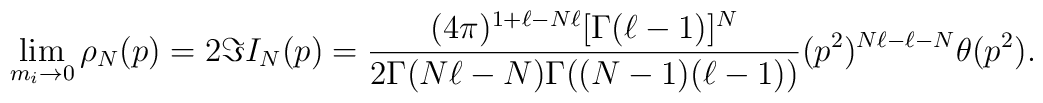
\lim_{m_i\rightarrow 0}\rho_N(p)=2\Im I_N(p)=\frac{(4\pi)^{1+\ell-N\ell}     [\Gamma(\ell-1)]^N}{2\Gamma(N\ell-N)\Gamma((N-1)(\ell-1))}     (p^2)^{N\ell-\ell-N}\theta(p^2).